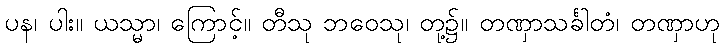
ပန၊ ပါး။ ယသ္မာ၊ ကြောင့်။ တီသု ဘဝေသု၊ တု့၌။ တဏှာသင်္ခါတံ၊ တဏှာဟု